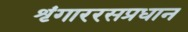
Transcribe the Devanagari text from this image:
शृंगाररसप्रधान